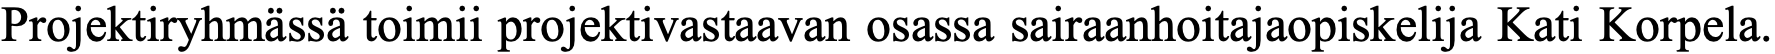
Projektiryhmässä toimii projektivastaavan osassa sairaanhoitajaopiskelija Kati Korpela.